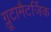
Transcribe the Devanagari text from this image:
ग्लूटामैटर्जिक